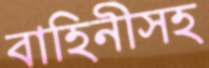
বাহিনীসহ